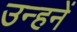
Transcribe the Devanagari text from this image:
उन्हनें